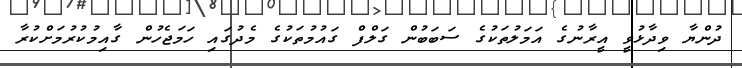
ދުންޔާ ވިދާޅުވީ އީރާނުގެ އަމަލުތަކުގެ ސަބަބުން ގަލްފް ގައުމުތަކުގެ މެދުގައި ހަމަޖެހުން ގާއިމުކުރުމަށްކުރާ